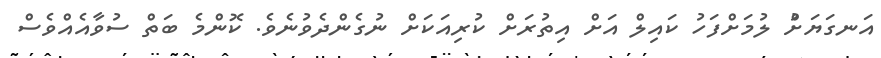
އަނގަޔަށްުު ލުމަށްފަހު ކައިލް އަށް އިތުރަށް ކުރިއަކަށް ނުގެންދެވުނެވެ. ކޮންމެ ބަތް ސުވާއެއްވެސް